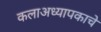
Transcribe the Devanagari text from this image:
कलाअध्यापकाचे